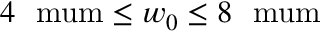
4 \ \mathrm { \ m u m } \leq w _ { 0 } \leq 8 \ \mathrm { \ m u m }